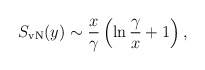
\begin{align*}S_{\rm vN}(y) \sim {x\over \gamma}\left(\ln{\gamma\over x} + 1 \right), \end{align*}